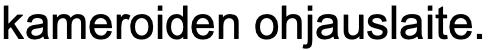
kameroiden ohjauslaite.